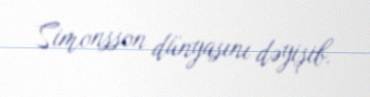
Simonsson dünyasını dəyişib.